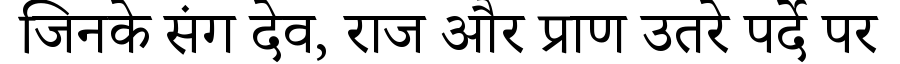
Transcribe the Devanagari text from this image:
जिनके संग देव, राज और प्राण उतरे पर्दे पर